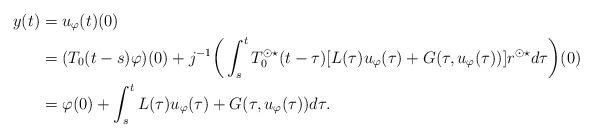
LaTeX: \begin{align*} y(t) &= u_\varphi(t)(0) \\ &=(T_0(t-s)\varphi)(0) + j^{-1} \bigg(\int_s^t T_0^{\odot \star}(t-\tau) [L(\tau)u_\varphi(\tau) + G(\tau,u_\varphi(\tau))]r^{\odot \star} d\tau\bigg)(0)\\ &= \varphi(0) + \int_s^t L(\tau)u_\varphi(\tau) + G(\tau,u_\varphi(\tau)) d\tau.\end{align*}